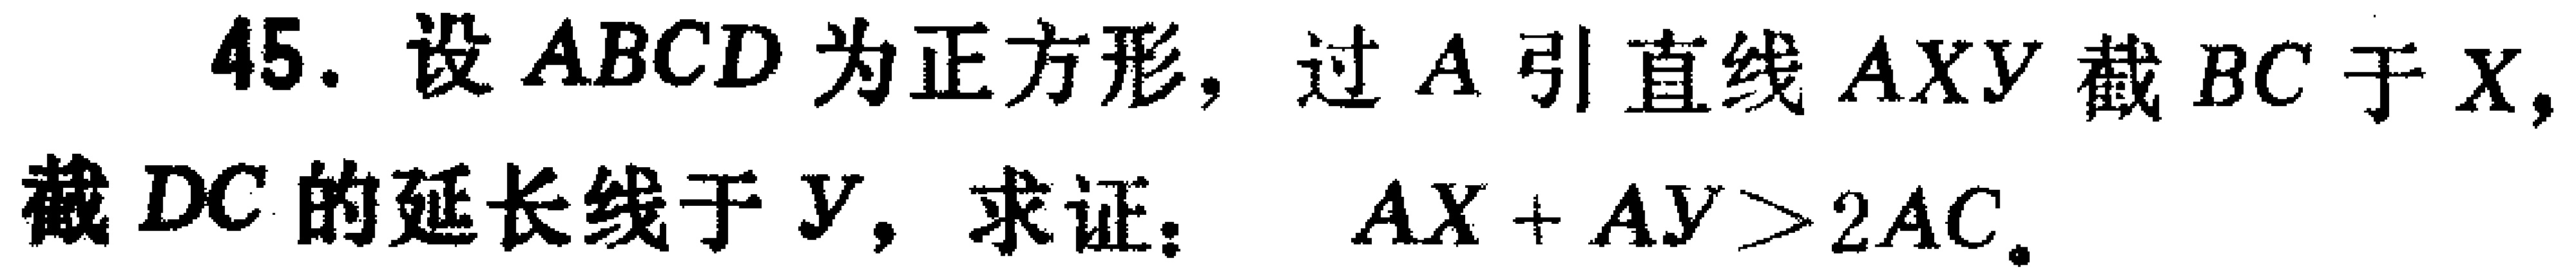
45. 设 \(ABCD\) 为正方形，过 \(A\) 引直线 \(AXY\) 截 \(BC\) 于 \(X\)，截 \(DC\) 的延长线于 \(Y\)，求证： \(AX + AY>2AC\)。